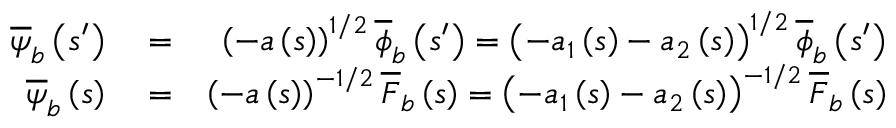
\begin{array} { r l r } { \overline { { \psi } } _ { b } \left( s ^ { \prime } \right) } & { { } = } & { \left( - a \left( s \right) \right) ^ { 1 / 2 } \overline { { \phi } } _ { b } \left( s ^ { \prime } \right) = \left( - a _ { 1 } \left( s \right) - a _ { 2 } \left( s \right) \right) ^ { 1 / 2 } \overline { { \phi } } _ { b } \left( s ^ { \prime } \right) } \\ { \overline { { \psi } } _ { b } \left( s \right) } & { { } = } & { \left( - a \left( s \right) \right) ^ { - 1 / 2 } \overline { { F } } _ { b } \left( s \right) = \left( - a _ { 1 } \left( s \right) - a _ { 2 } \left( s \right) \right) ^ { - 1 / 2 } \overline { { F } } _ { b } \left( s \right) } \end{array}